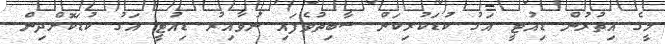
މީގެ އިތުރުން ޑިއުޓީ އަގު ކުޑަކުރިކަން ސާބިތުވެފައި ނުވާއިރު ޑިއުޓީ އަގު ކުޑަކޮށްދިން